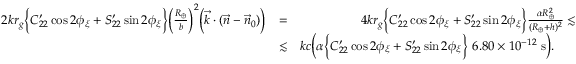
\begin{array} { r l r } { 2 k r _ { g } \Big \{ C _ { 2 2 } ^ { \prime } \cos 2 \phi _ { \xi } + S _ { 2 2 } ^ { \prime } \sin 2 \phi _ { \xi } \Big \} \Big ( \frac { R _ { \oplus } } { b } \Big ) ^ { 2 } \Big ( { \vec { k } } \cdot ( { \vec { n } } - { \vec { n } } _ { 0 } ) \Big ) } & { = } & { 4 k r _ { g } \Big \{ C _ { 2 2 } ^ { \prime } \cos 2 \phi _ { \xi } + S _ { 2 2 } ^ { \prime } \sin 2 \phi _ { \xi } \Big \} \frac { \alpha R _ { \oplus } ^ { 2 } } { ( R _ { \oplus } + h ) ^ { 2 } } \lesssim } \\ & { \lesssim } & { k c \Big ( \alpha \Big \{ C _ { 2 2 } ^ { \prime } \cos 2 \phi _ { \xi } + S _ { 2 2 } ^ { \prime } \sin 2 \phi _ { \xi } \Big \} ~ 6 . 8 0 \times 1 0 ^ { - 1 2 } ~ \mathrm { s } \Big ) . ~ ~ ~ ~ ~ } \end{array}